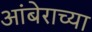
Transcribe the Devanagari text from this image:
आंबेराच्या